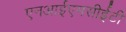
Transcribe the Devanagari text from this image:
एनआईएमसीईटी